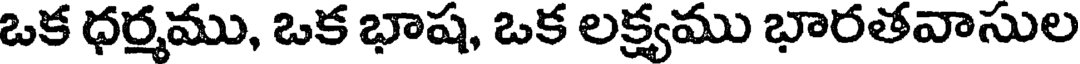
ఒక ధర్మము, ఒక భాష, ఒక లక్ష్యము భారతవాసుల